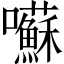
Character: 囌